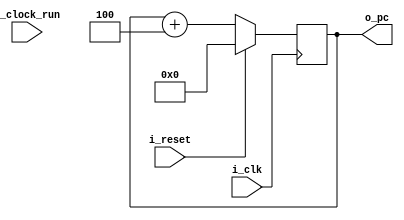
module pc (
    i_clk,
    i_reset,
    i_clock_run,
    o_pc
    );

    parameter W=32;

    input wire i_clk, i_reset, i_clock_run;
    output reg [W-1:0] o_pc = {W{1'b0}};

    always @(posedge i_clk) begin
        if (i_reset) begin
            o_pc <= {W{1'b0}};
        end else begin
            o_pc <= o_pc + 32'd4;
        end
    end
endmodule